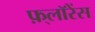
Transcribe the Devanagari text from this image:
फ़्लॉरेंस